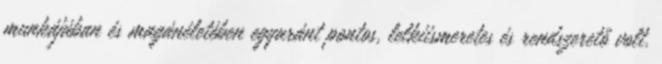
munkájában és magánéletében egyaránt pontos, lelkiismeretes és rendszerető volt.